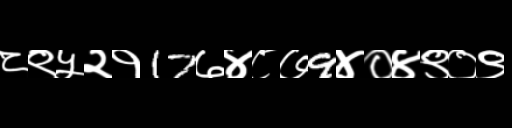
Text: ८९५२१17७४८७9४०४९०९